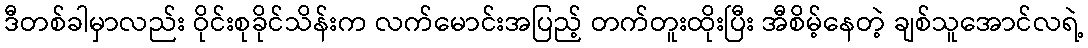
ဒီတစ်ခါမှာလည်း ဝိုင်းစုခိုင်သိန်းက လက်မောင်းအပြည့် တက်တူးထိုးပြီး အီစိမ့်နေတဲ့ ချစ်သူအောင်လရဲ့